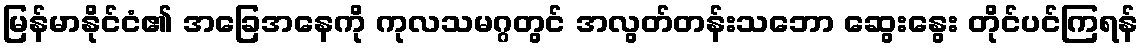
မြန်မာနိုင်ငံ၏ အခြေအနေကို ကုလသမဂ္ဂတွင် အလွတ်တန်းသဘော ဆွေးနွေး တိုင်ပင်ကြရန်